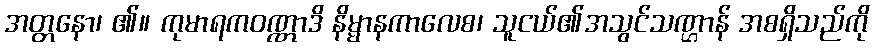
အတ္တနော၊ ၏။ ကုမာရကဝဏ္ဏာဒိ နိမ္မာနကာလေစ၊ သူငယ်၏အသွင်သဏ္ဌာန် အစရှိသည်ကို